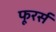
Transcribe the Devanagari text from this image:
फूरर्स